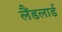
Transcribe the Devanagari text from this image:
लैंडलार्ड